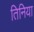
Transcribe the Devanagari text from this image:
तिनिया